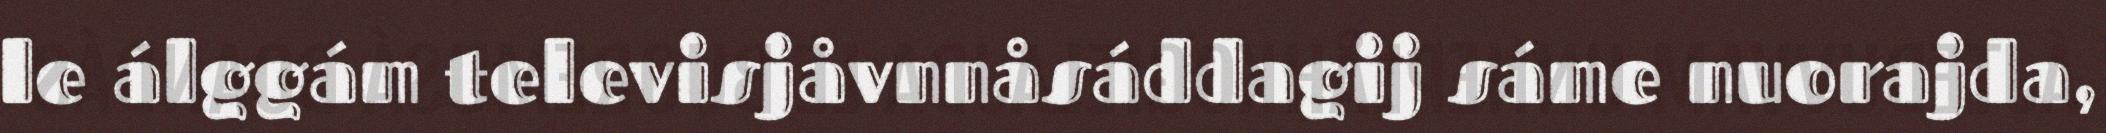
le álggám televisjåvnnåsáddagij sáme nuorajda,